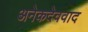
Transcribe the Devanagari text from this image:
अनेकदेववाद